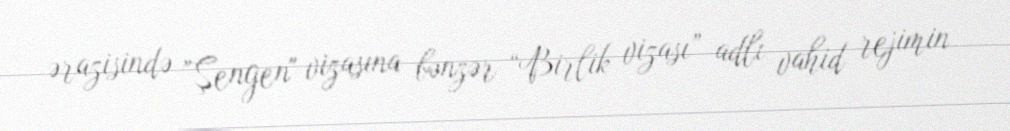
ərazisində ”Şengen" vizasına bənzər “Birlik vizası” adlı vahid rejimin